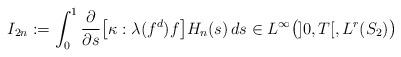
LaTeX: \begin{align*}I_{2n}:= \int_0^1 \dfrac{\partial}{\partial s}\big[\kappa:\lambda(f^d)f\big]H_n(s) \, ds\in L^{\infty}\big(]0, T[, L^r(S_2)\big)\end{align*}